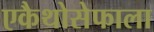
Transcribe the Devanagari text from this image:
एकैथोसेफाला